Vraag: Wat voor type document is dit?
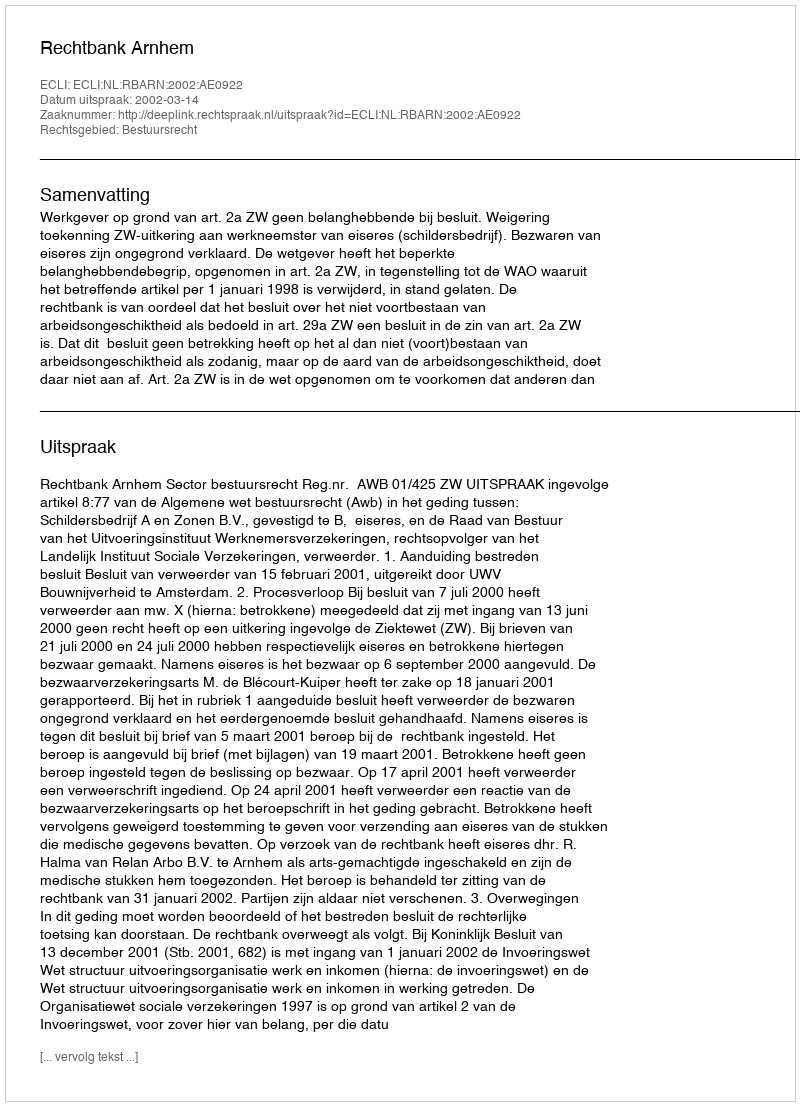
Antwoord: Uitspraak